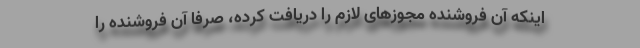
اینکه آن فروشنده مجوزهای لازم را دریافت کرده، صرفا آن فروشنده را